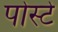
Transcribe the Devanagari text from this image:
पोस्टे